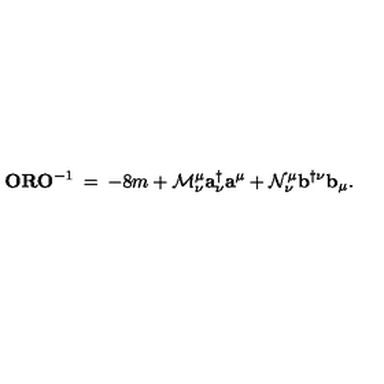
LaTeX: { \mathbf O } { \mathbf R } { \mathbf O } ^ { - 1 } \: = \: - 8 m + { \cal M } _ { \nu } ^ { \mu } { \mathbf a } _ { \nu } ^ { \dagger } { \mathbf a } ^ { \mu } + { \cal N } _ { \nu } ^ { \mu } { \mathbf b } ^ { \dagger \nu } { \mathbf b } _ { \mu } .